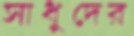
সাধুদের